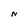
Character: N